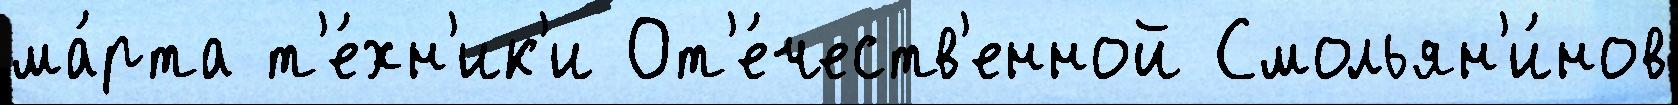
ма́рта т'е́хн'ик'и От'е́честв'енной Смольян'и́нов